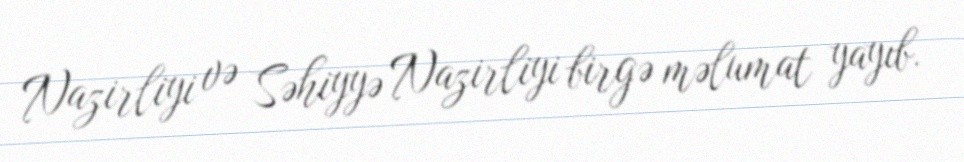
Nazirliyi və Səhiyyə Nazirliyi birgə məlumat yayıb.